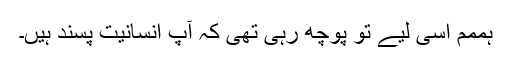
ہممم اسی لیے تو پوچھ رہی تھی کہ آپ انسانیت پسند ہیں۔